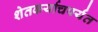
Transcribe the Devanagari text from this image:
शेतकर्याचपर्यंत